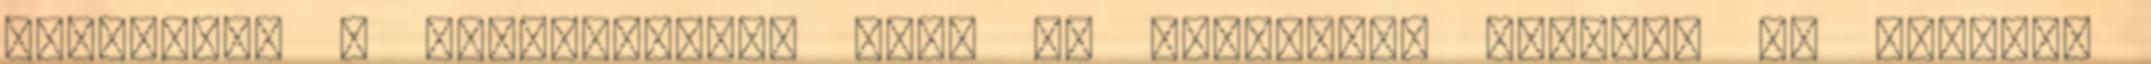
várható?: ” valószínűleg lesz és valamikor ősszel. Az őrökkel